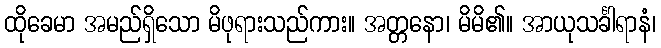
ထိုခေမာ အမည်ရှိသော မိဖုရားသည်ကား။ အတ္တနော၊ မိမိ၏။ အာယုသင်္ခါရာနံ၊